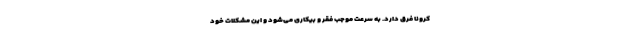
کرونا فرق دارد. به سرعت موجب فقر و بیکاری می‌شود و این مشکلات خود